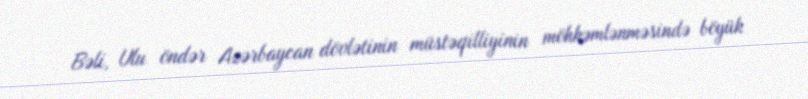
Bəli, Ulu öndər Azərbaycan dövlətinin müstəqilliyinin möhkəmlənməsində böyük